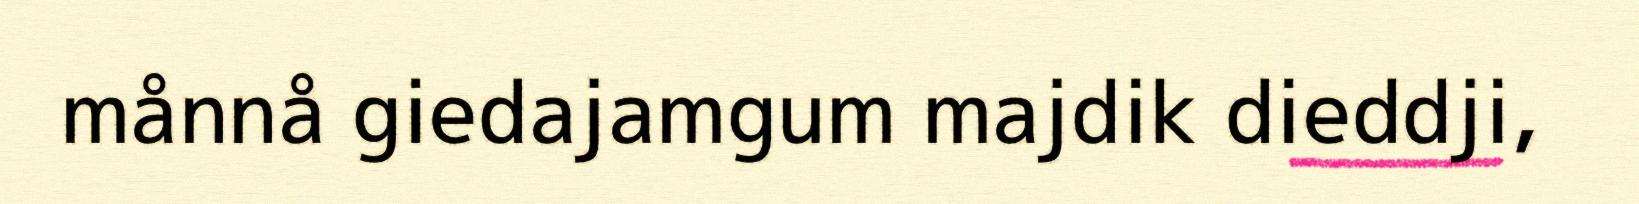
månnå giedajamgum majdik dieddji,